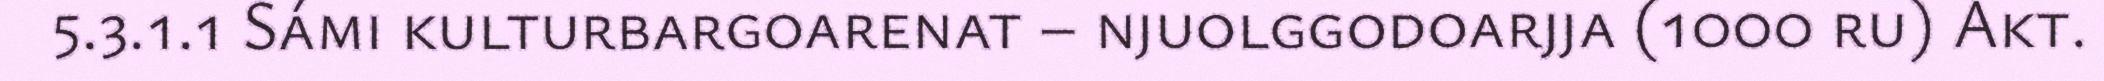
5.3.1.1 Sámi kulturbargoarenat – njuolggodoarjja (1000 ru) Akt.